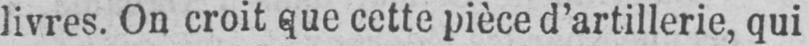
livres. On croit que cette pièce d’artillerie, qui